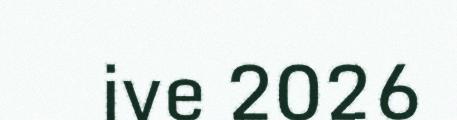
ive 2026